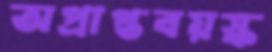
অপ্রাপ্তবয়স্ক